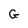
Character: G